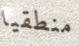
منطقيا